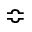
\Bumpeq